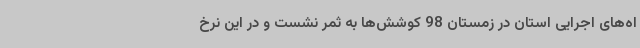
اه‌های اجرایی استان در زمستان 98 کوشش‌ها به ثمر نشست و در این نرخ